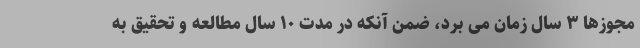
مجوزها ۳ سال زمان می برد، ضمن آنکه در مدت ۱۰ سال مطالعه و تحقیق به